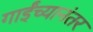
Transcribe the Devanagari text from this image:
गाईंच्यानंतर